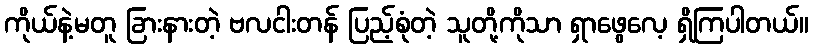
ကိုယ်နဲ့မတူ ခြားနားတဲ့ ဗလငါးတန် ပြည့်စုံတဲ့ သူတို့ကိုသာ ရှာဖွေလေ့ ရှိကြပါတယ်။